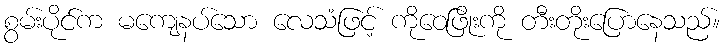
စွမ်းပိုင်က မကျေနပ်သော လေသံဖြင့် ကိုဝေဖြိုးကို တီးတိုးပြောနေသည်။